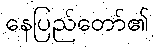
နေပြည်တော်၏